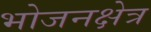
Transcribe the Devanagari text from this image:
भोजनक्षेत्र